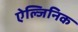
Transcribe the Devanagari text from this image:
ऐल्जिनिक